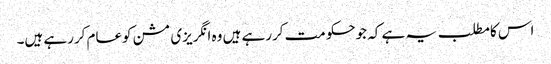
اس کامطلب یہ ہے کہ جوحکومت کررہے ہیں وہ انگریزی مشن کوعام کررہے ہیں۔